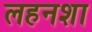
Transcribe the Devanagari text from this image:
लहनशा